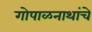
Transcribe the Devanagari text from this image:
गोपाळनाथांचे